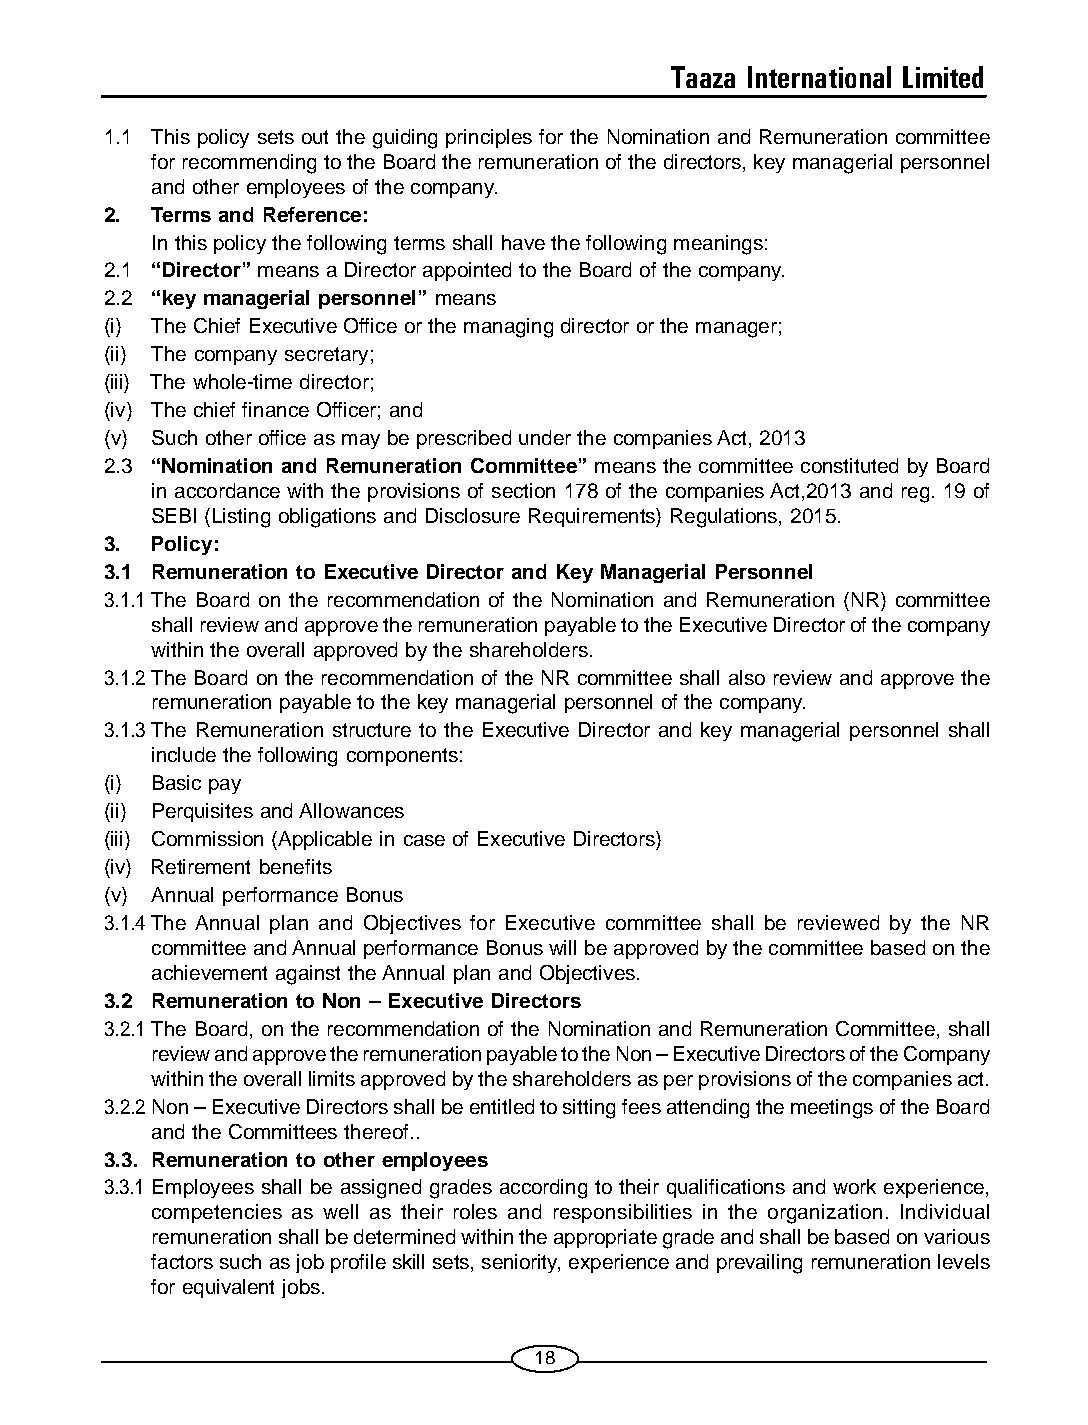
Taaza International Limited
 1.1 This policy sets out the guiding principles for the Nomination and Remuneration committee
 for recommending to the Board the remuneration of the directors, key managerial personnel
 and other employees of the company.
 2. Terms and Reference:
 In this policy the following terms shall have the following meanings:
 2.1 “Director” means a Director appointed to the Board of the company.
 2.2 “key managerial personnel” means
 (i) The Chief Executive Office or the managing director or the manager;
 (ii) The company secretary;
 (iii) The whole-time director;
 (iv) The chief finance Officer; and
 (v) Such other office as may be prescribed under the companies Act, 2013
 2.3 “Nomination and Remuneration Committee” means the committee constituted by Board
 in accordance with the provisions of section 178 of the companies Act,2013 and reg. 19 of
 SEBI (Listing obligations and Disclosure Requirements) Regulations, 2015.
 3. Policy:
 3.1 Remuneration to Executive Director and Key Managerial Personnel
 3.1.1The Board on the recommendation of the Nomination and Remuneration (NR) committee
 shall review and approve the remuneration payable to the Executive Director of the company
 within the overall approved by the shareholders.
 3.1.2The Board on the recommendation of the NR committee shall also review and approve the
 remuneration payable to the key managerial personnel of the company.
 3.1.3The Remuneration structure to the Executive Director and key managerial personnel shall
 include the following components:
 (i) Basic pay
 (ii) Perquisites and Allowances
 (iii) Commission (Applicable in case of Executive Directors)
 (iv) Retirement benefits
 (v) Annual performance Bonus
 3.1.4The Annual plan and Objectives for Executive committee shall be reviewed by the NR
 committee and Annual performance Bonus will be approved by the committee based on the
 achievement against the Annual plan and Objectives.
 3.2 Remuneration to Non – Executive Directors
 3.2.1The Board, on the recommendation of the Nomination and Remuneration Committee, shall
 review and approve the remuneration payable to the Non – Executive Directors of the Company
 within the overall limits approved by the shareholders as per provisions of the companies act.
 3.2.2Non – Executive Directors shall be entitled to sitting fees attending the meetings of the Board
 and the Committees thereof..
 3.3. Remuneration to other employees
 3.3.1 Employees shall be assigned grades according to their qualifications and work experience,
 competencies as well as their roles and responsibilities in the organization. Individual
 remuneration shall be determined within the appropriate grade and shall be based on various
 factors such as job profile skill sets, seniority, experience and prevailing remuneration levels
 for equivalent jobs.
 18